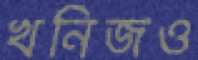
খনিজও